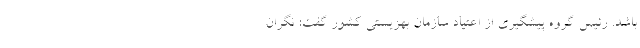
باشد. رئیس گروه پیشگیری از اعتیاد سازمان بهزیستی کشور گفت: نگران‌